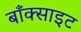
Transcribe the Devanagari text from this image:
बाँक्साइट